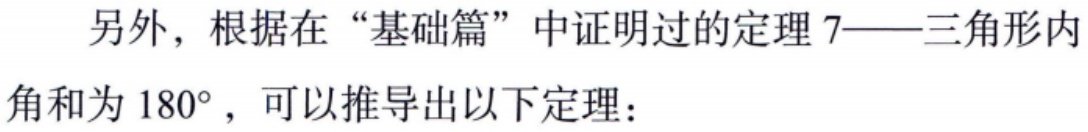
另外，根据在“基础篇”中证明过的定理7——三角形内角和为\(180^{\circ}\)，可以推导出以下定理：